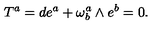
T ^ { a } = d e ^ { a } + \omega _ { b } ^ { a } \wedge e ^ { b } = 0 .